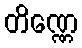
တိဏ္ဏေ